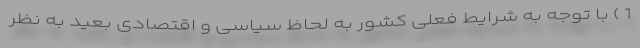
1 ) با توجه به شرایط فعلی کشور به لحاظ سیاسی و اقتصادی بعید به نظر